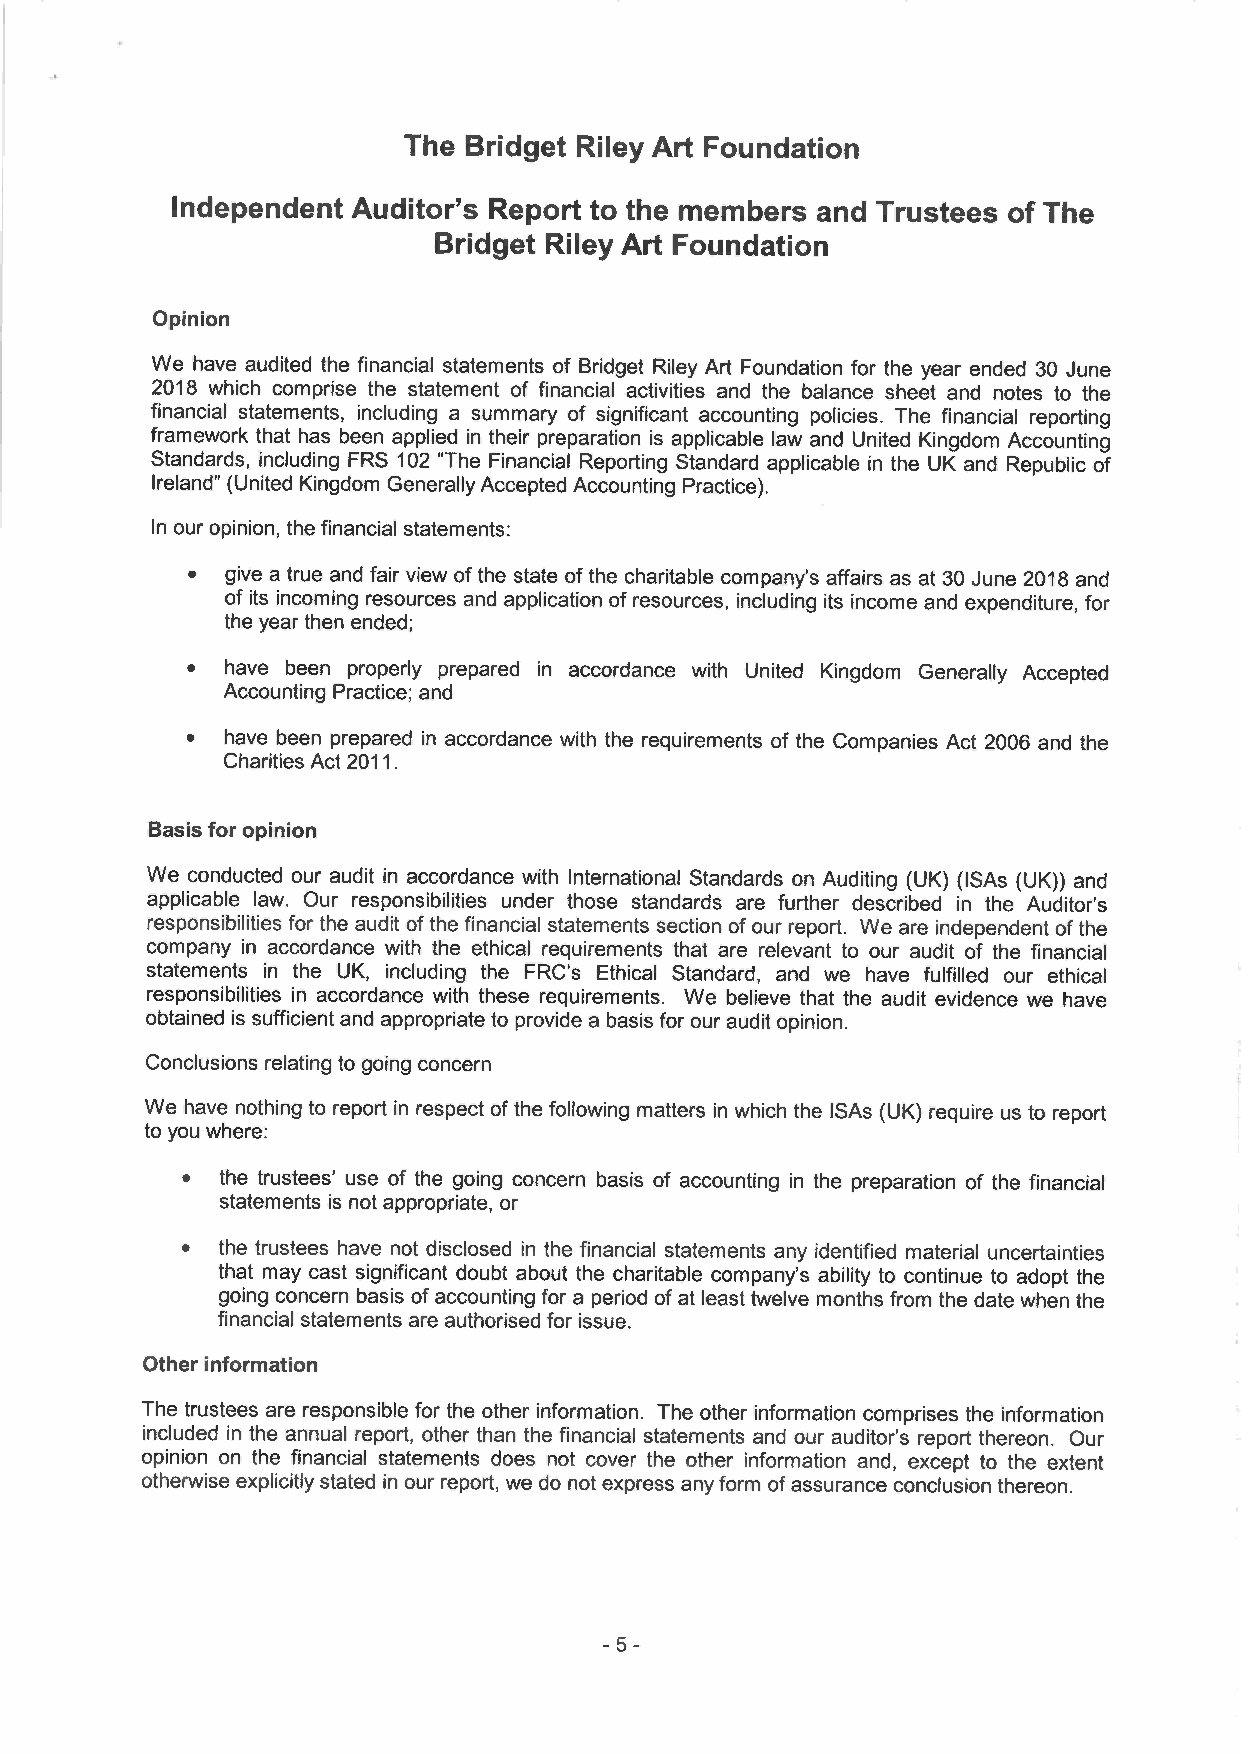
The Bridget Riley Art Foundation
 Independent Auditor's Report to the members and Trustees of The
 Bridget Riley Art Foundation
 Opinion
 We have audited the financial statements of Bridget Riley Art Foundation for the year ended 30 June
 2018 which comprise the statement of financial activities and the balance sheet and notes to the
 financial statements, including a summary of significant accounting policies. The financial reporting
 framework that has been applied in their preparation is applicable law and United Kingdom Accounting
 Standards, including FRS 102 "The Financial Reporting Standard applicable in the UK and Republic of
 Ireland" (United Kingdom Generally Accepted Accounting Practice).
 In our opinion, the financial statements:
 •  give a true and fair view of the state of the charitable company's affairs as at 30 June 2018 and
 of its incoming resources and application of resources, including its income and expenditure, for
 the year then ended;
 •  have been properly prepared in accordance with United Kingdom Generally Accepted
 Accounting Practice; and
 •  have been prepared in accordance with the requirements of the Companies Act 2006 and the
 Charities Act 2011.
 Basis for opinion
 We conducted our audit in accordance with International Standards on Auditing (UK)( ISAs (UK)) and
 applicable law. Our responsibilities under those standards are further described in the Auditor's
 responsibilities for the audit of the financial statements section of our report. We are independent of the
 company in accordance with the ethical requirements that are relevant to our audit of the financial
 statements in the UK, including the FRC's Ethical Standard, and we have fulfilled our ethical
 responsibilities in accordance with these requirements. We believe that the audit evidence we have
 obtained is sufficient and appropriate to provide a basis for our audit opinion.
 Conclusions relating to going concern
 We have nothing to report in respect of the following matters in which the ISAs (UK) require us to report
 to you where:
 the trustees' use of the going concern basis of accounting in the preparation of the financial
 statements is not appropriate, or
 • the trustees have not disclosed in the financial statements any identified material uncertainties
 that may cast significant doubt about the charitable company's ability to continue to adopt the
 going concern basis of accounting for a period of at least twelve months from the date when the
 financial statements are authorised for issue.
 Other information
 The trustees are responsible for the other information. The other information comprises the information
 included in the annual report, other than the financial statements and our auditor's report thereon. Our
 opinion on the financial statements does not cover the other information and, except to the extent
 otherwise explicitly stated in our report, we do not express any form of assurance conclusion thereon.
 -5-